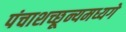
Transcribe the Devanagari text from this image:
पंचाशच्छून्यमध्यगे